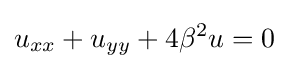
u_{xx}+u_{yy}+4\beta ^{2}u=0